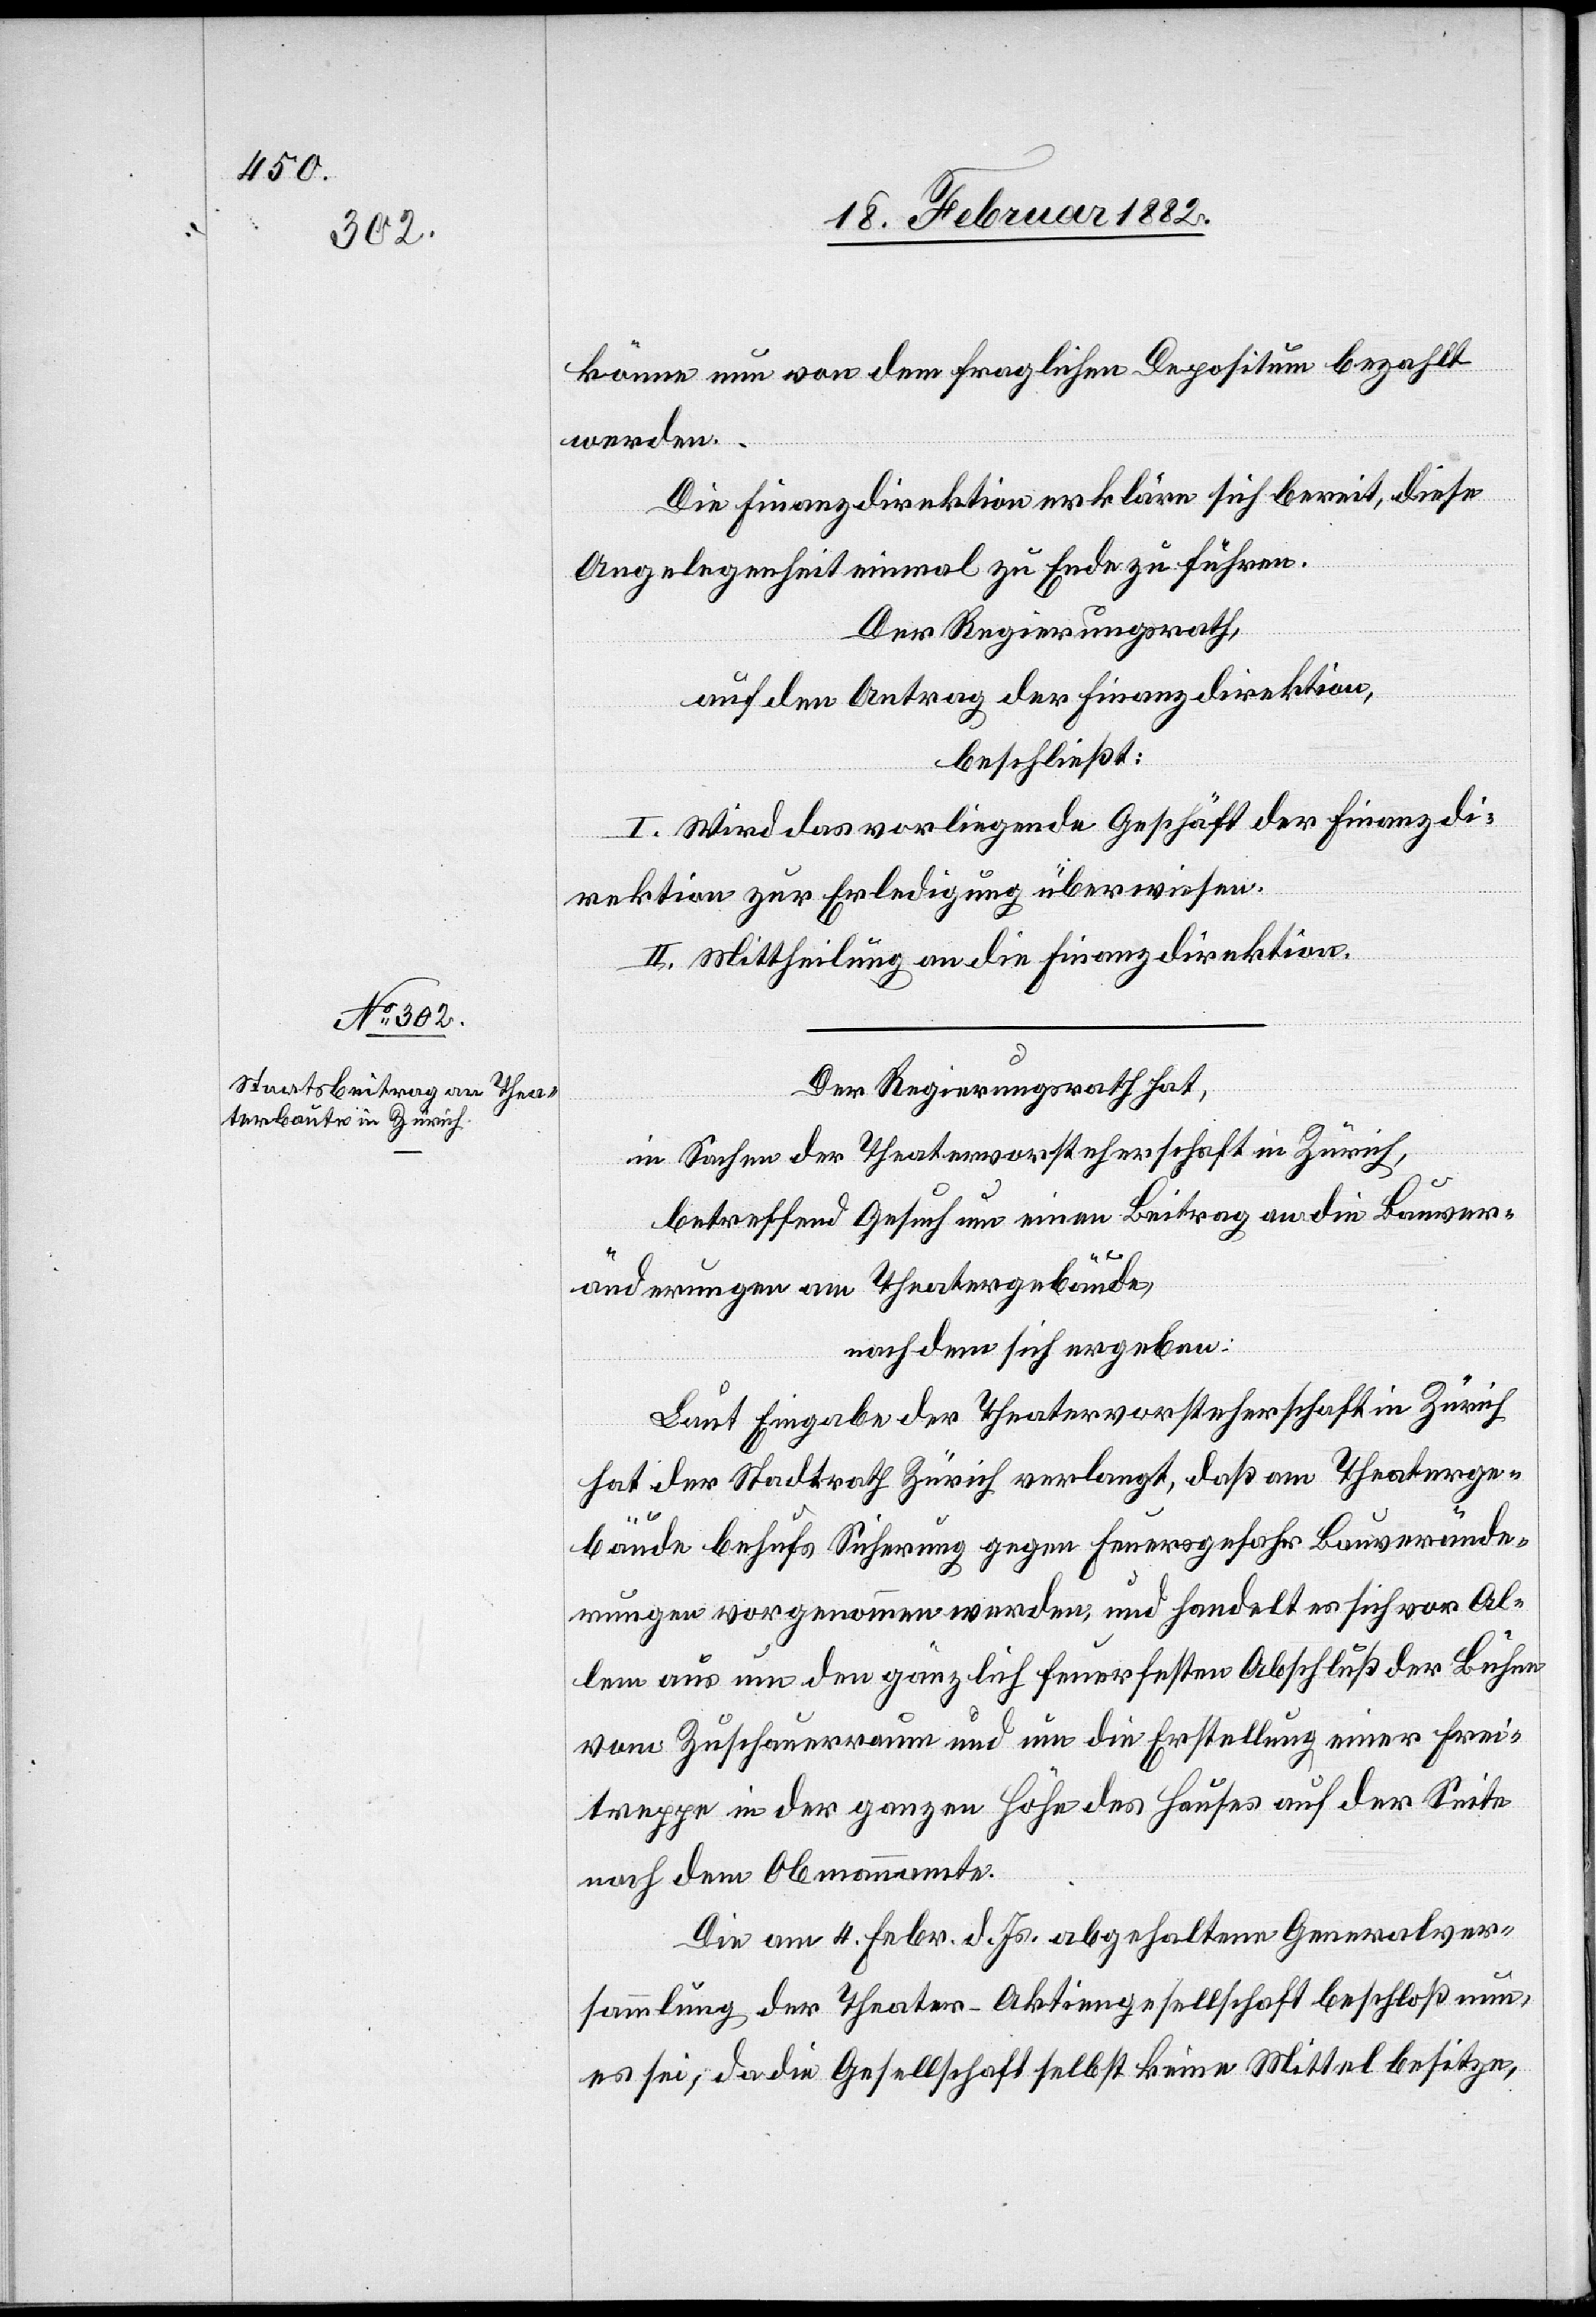
könne nun von dem fraglichen Depositum bezahlt
werden.
Die Finanzdirektion erkläre sich bereit, diese
Angelegenheit einmal zu Ende zu führen.
Der Regierungsrath,
auf den Antrag der Finanzdirektion
beschließt:
I. Wird das vorliegende Geschäft der Finanzdi¬
rektion zur Erledigung überwiesen.
II. Mittheilung an die Finanzdirektion.
Der Regierungsrath hat,
in Sachen der Theatervorsteherschaft in Zürich,
betreffend Gesuch um einen Beitrag an die Bauver¬
änderungen am Theatergebäude,
nachdem sich ergeben:
Laut Eingabe der Theatervorsteherschaft in Zürich
hat der Stadtrath Zürich verlangt, daß am Theaterge¬
bäude behufs Sicherung gegen Feuergefahr Bauverände¬
rungen vorgenommen werden, und handelt es sich vor Al¬
lem aus um den gänzlich feuerfesten Abschluß der Bühne
vom Zuschauerraum und um die Erstellung einer Frei¬
treppe in der ganzen Höhe des Hauses auf der Seite
nach dem Obmannamte.
Die am 4. Febr. d. Js. abgehaltene Generalver¬
sammlung der Theater-Aktiengesellschaft beschloß nun,
es sei, da die Gesellschaft selbst keine Mittel besitze,